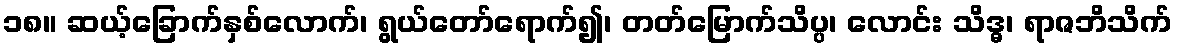
၁၈။ ဆယ့်ခြောက်နှစ်လောက်၊ ရွယ်တော်ရောက်၍၊ တတ်မြောက်သိပ္ပ၊ လောင်း သိဒ္ဓ၊ ရာဇဘိသိက်